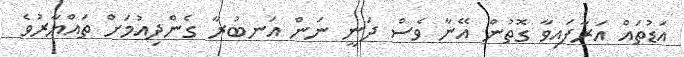
އަޑުތައް އަރާފައިވާ ގޮތުން އޭނާ ވެސް ދަނީ ނަން އަނބުރާ ގެންދިއުމަށް ތައްޔާރުވެ